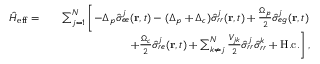
\begin{array} { r l r } { \hat { H } _ { \mathrm { e f f } } = } & { } & { \sum _ { j = 1 } ^ { N } \left[ - \Delta _ { p } \hat { \sigma } _ { e e } ^ { j } ( \mathbf { r } , t ) - ( \Delta _ { p } + \Delta _ { c } ) \hat { \sigma } _ { r r } ^ { j } ( \mathbf { r } , t ) + \frac { \Omega _ { p } } { 2 } \hat { \sigma } _ { e g } ^ { j } ( \mathbf { r } , t ) \right. } \\ & { } & { \left. + \frac { \Omega _ { c } } { 2 } \hat { \sigma } _ { r e } ^ { j } ( \mathbf { r } , t ) + \sum _ { k \neq j } ^ { N } \frac { V _ { j k } } { 2 } \hat { \sigma } _ { r r } ^ { j } \hat { \sigma } _ { r r } ^ { k } + \mathrm { H . c . } \right] , } \end{array}